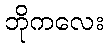
ဘိုကလေး